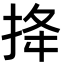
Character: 𢭎